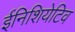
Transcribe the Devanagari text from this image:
ईनिशियेटिव